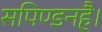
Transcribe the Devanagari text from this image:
सपिण्डनहै।